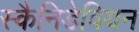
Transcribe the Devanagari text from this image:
स्कैनिडेवियन